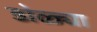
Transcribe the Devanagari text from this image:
डोळ्या